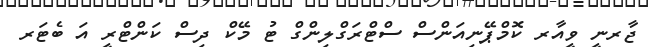
ޖާރނީ ވީއާރ ކޮމްޕޭނިއަންސް ސްޓްރަގްލިންގް ޓު މޭކް ދިސް ކަންޓްރީ އަ ބެޓަރ